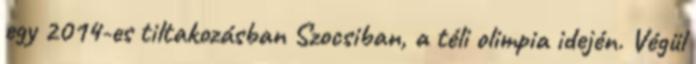
egy 2014-es tiltakozásban Szocsiban, a téli olimpia idején. Végül